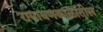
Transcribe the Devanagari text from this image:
रामायणकाळातील